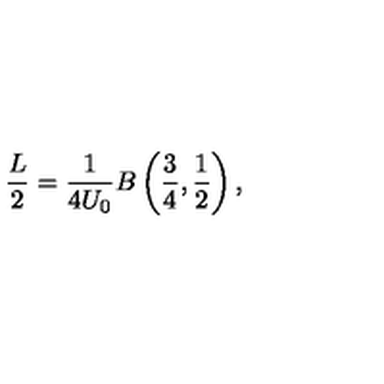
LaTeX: \frac { L } { 2 } = \frac { 1 } { 4 U _ { 0 } } B \left( \frac { 3 } { 4 } , \frac { 1 } { 2 } \right) ,